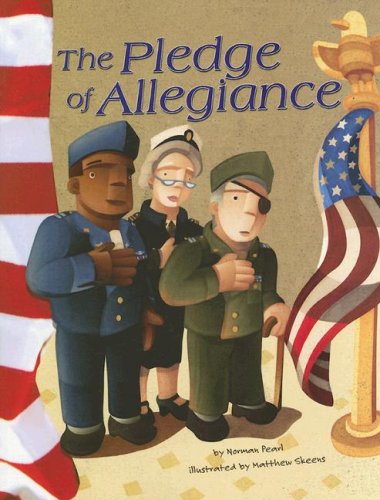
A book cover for The Pledge of Allegiance (American Symbols); Norman Pearl; Children's Books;